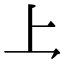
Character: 𪛚